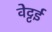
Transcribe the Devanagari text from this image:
वेट्टई